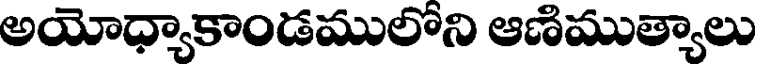
అయోధ్యాకాండములోని ఆణిముత్యాలు